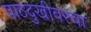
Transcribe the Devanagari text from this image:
पाठदुखीवरचा